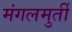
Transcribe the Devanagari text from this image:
मंगलमुर्ती